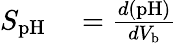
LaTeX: \begin{array}{rl}{S_{\mathrm{pH}}}&{{}=\frac{d\left(\mathrm{pH}\right)}{dV_{\mathrm{b}}}}\end{array}